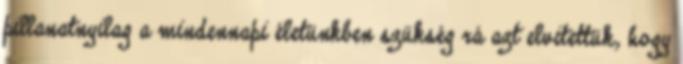
pillanatnyilag a mindennapi életünkben szükség rá azt elvitettük, hogy